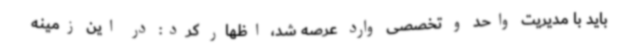
باید با مدیریت واحد و تخصصی وارد عرصه شد، اظهار کرد: در این زمینه